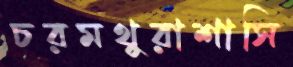
চরমথুরাশাসি